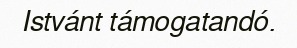
Istvánt támogatandó.